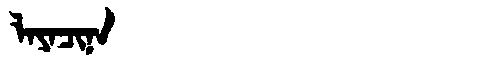
Manchu: ᠯᠠᠶᠠᠴᡳᠨᠠ
Romanization: LAYACINA